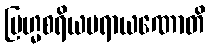
ဗြဟ္မစရိယပရာယဏောတိ